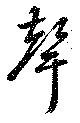
聲